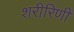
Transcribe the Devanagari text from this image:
शरीरिणी